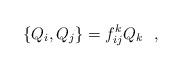
LaTeX: \begin{align*}\lbrace Q_i,Q_j \rbrace =f_{ij}^k Q_k ~~,\end{align*}